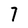
Character: 7